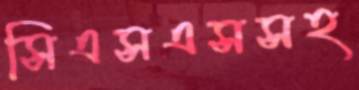
সিএসএসসহ